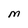
Character: M